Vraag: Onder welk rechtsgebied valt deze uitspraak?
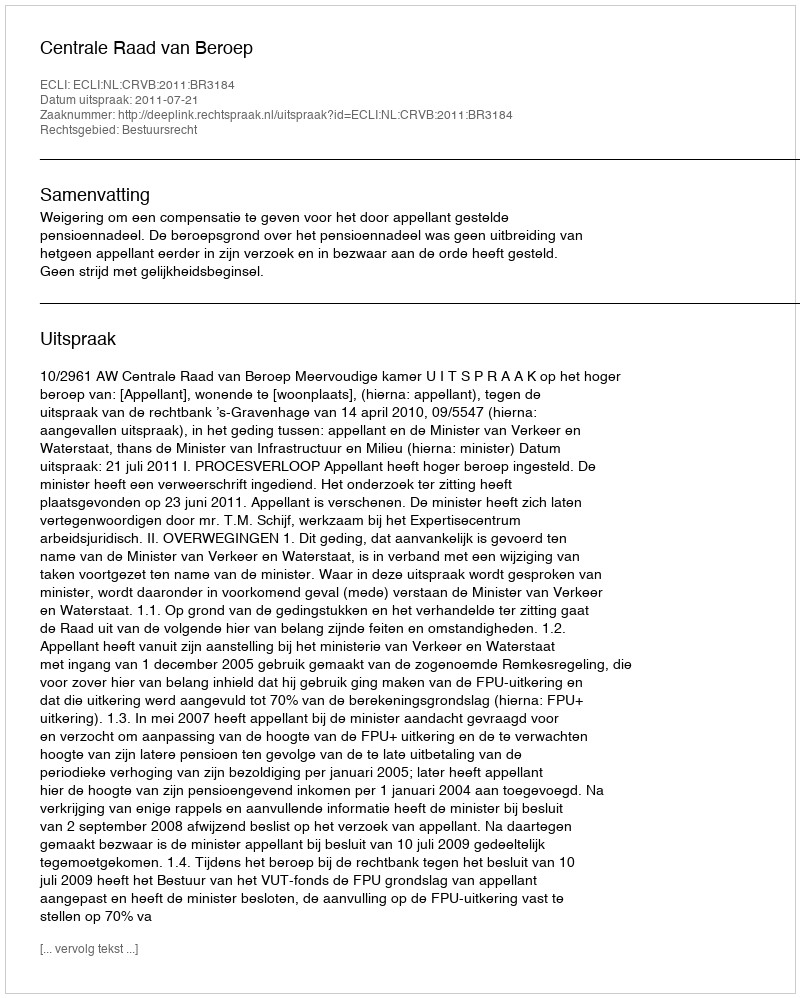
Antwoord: Bestuursrecht